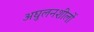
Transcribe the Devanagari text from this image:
अघुलनशीलों